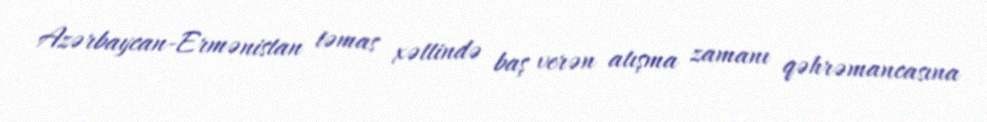
Azərbaycan-Ermənistan təmas xəttində baş verən atışma zamanı qəhrəmancasına